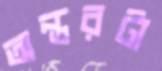
অন্তরটা